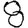
Digit: 8